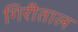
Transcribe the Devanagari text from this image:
गिरीताल